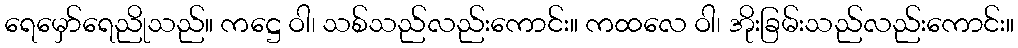
ရေမှော်ရေညိုသည်။ ကဋ္ဌေ ဝါ၊ သစ်သည်လည်းကောင်း။ ကထလေ ဝါ၊ အိုးခြမ်းသည်လည်းကောင်း။